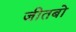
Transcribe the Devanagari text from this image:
जीतबो